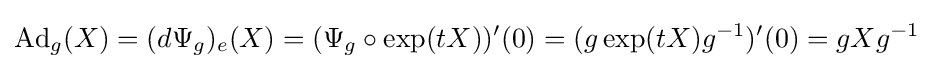
\operatorname {Ad} _{g}(X)=(d\Psi _{g})_{e}(X)=(\Psi _{g}\circ \exp(tX))'(0)=(g\exp(tX)g^{-1})'(0)=gXg^{-1}